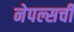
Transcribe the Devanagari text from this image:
नेपल्सची